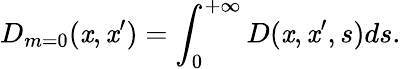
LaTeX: D_{m=0}(\mathit{x},\mathit{x}^{\prime})=\int_{0}^{+\infty}D(\mathit{x},\mathit{x}^{\prime},s)ds.